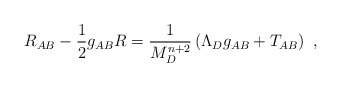
\begin{align*} R_{AB} - \frac{1}{2} g_{AB} R = \frac{1}{M_D^{n+2}}\left(\Lambda_D g_{AB} + T_{AB}\right)~,\end{align*}